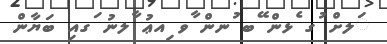
ަލށް ުގ ެޅން ޭބ ުނން ާވ ިއޢު ާލނު ަގއި ބަޔާން